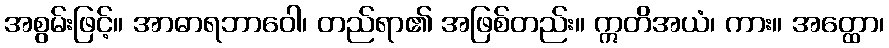
အစွမ်းဖြင့်။ အာဓာရဘာဝေါ၊ တည်ရာ၏ အဖြစ်တည်း။ ဣတိအယံ၊ ကား။ အတ္ထော၊